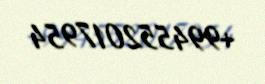
+994552017954